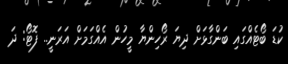
ކުޑަ ބޯޓެއްގައި ބަންގާޅަށް ދިޔަ ރޯހިންޔާ މީހުން އެއްގަމަށް އަރަނީ.. ފޮޓޯ: ދަ